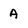
Character: A